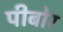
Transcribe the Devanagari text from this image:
पीबोर